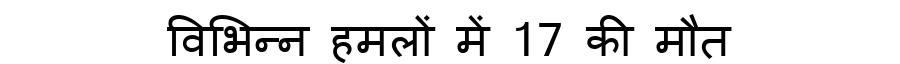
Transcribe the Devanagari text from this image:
विभिन्न हमलों में 17 की मौत